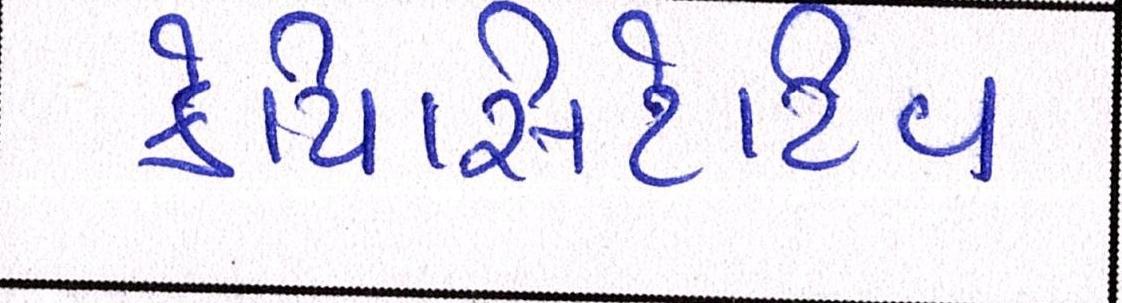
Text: કેપિસિટેટિવ